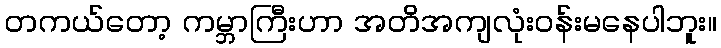
တကယ်တော့ ကမ္ဘာကြီးဟာ အတိအကျလုံးဝန်းမနေပါဘူး။